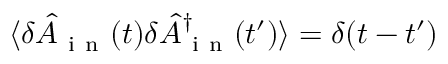
\langle \delta \hat { A } _ { \mathrm { ~ i ~ n ~ } } ( t ) \delta \hat { A } _ { \mathrm { ~ i ~ n ~ } } ^ { \dagger } ( t ^ { \prime } ) \rangle = \delta ( t - t ^ { \prime } )